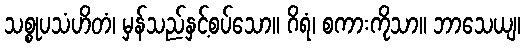
သစ္စုပသံဟိတံ၊ မှန်သည်နှင့်စပ်သော။ ဂိရံ၊ စကားကိုသာ။ ဘာသေယျ၊